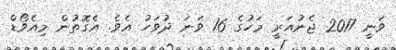
ވަނީ 2017 ޖެނުއަރީ މަހުގެ 16 ވަނަ ދުވަހު އެވެ. އެގޮތުން މިއެވޯޑް